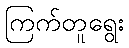
ကြက်တူရွေး